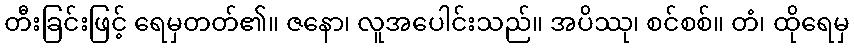
တီးခြင်းဖြင့် ရေမှတတ်၏။ ဇနော၊ လူအပေါင်းသည်။ အပိဿု၊ စင်စစ်။ တံ၊ ထိုရေမှ